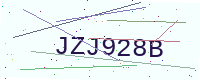
Text: JZJ928B